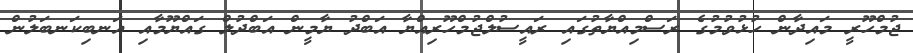
ޖުމްހޫރީ މައިދާން ހުޅުވުމުގެ ރަސްމިއްޔާތުގައި ރައީސުލްޖުމްހޫރިއްޔާ އަބްދު ޔާމީން އަބްދުލް ގައްޔޫމާއި އަނބިކަނބަލުން